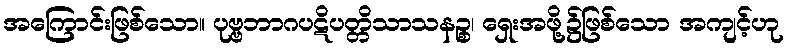
အကြောင်းဖြစ်သော။ ပုဗ္ဗဘာဂပဋိပတ္တိသာသနဉ္စ၊ ရှေးအဖို့၌ဖြစ်သော အကျင့်ဟု